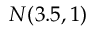
{ \cal N } ( 3 . 5 , 1 )